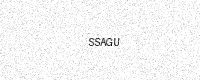
Text: SSAGU